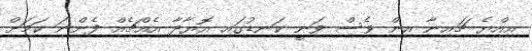
އިއްޔެ ޗައިނާ އިން ވެސް ވަނީ ކަނޑުގައި އޮޔާދާ އެއްޗެއް ފެންނަ ކަމަށް